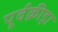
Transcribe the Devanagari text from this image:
पूर्वक्रीड़ा